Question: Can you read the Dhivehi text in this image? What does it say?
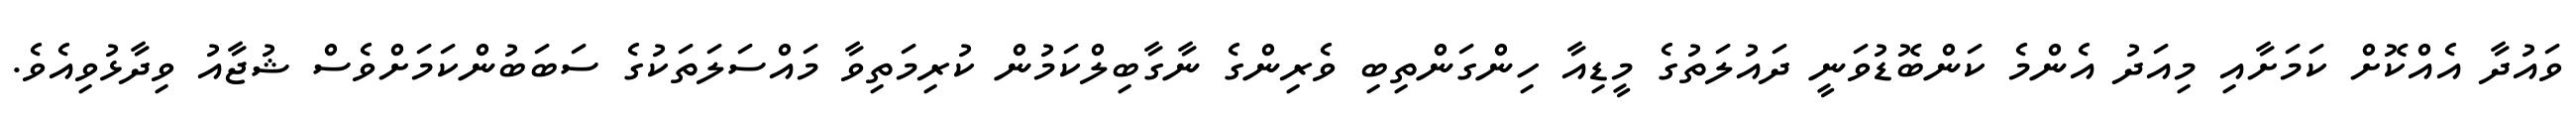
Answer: ވައުދާ އެއްކޮށް ކަމަށާއި މިއަދު އެންމެ ކަންބޮޑުވަނީ ދައުލަތުގެ މީޑިއާ ހިންގަންތިބި ވެރިންގެ ނާގާބިލްކަމުން ކުރިމަތިވާ މައްސަލަތަކުގެ ސަބަބުންކަމަށްވެސް ޝުޖާއު ވިދާޅުވިއެވެ.